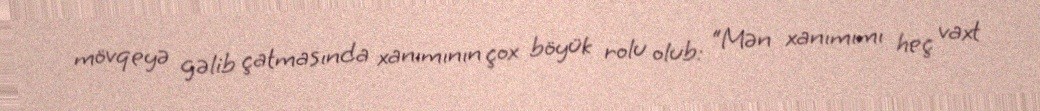
mövqeyə gəlib çatmasında xanımının çox böyük rolu olub: “Mən xanımımı heç vaxt